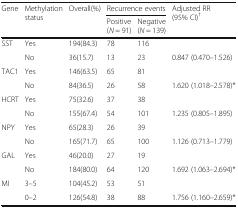
| <ROWSPAN=2> Gene | <ROWSPAN=2> Methylation status | <ROWSPAN=2> Overall(%) | <COLSPAN=2> Recurrence events | <ROWSPAN=2> Adjusted RR (95% CI)† |
 | Positive (N = 91) | Negative (N = 139) |
 | --- | --- | --- | --- | --- | --- |
 | <ROWSPAN=2> SST | Yes | 194(84.3) | 78 | 116 |  |
 | No | 36(15.7) | 13 | 23 | 0.847 (0.470–1.526) |
 | <ROWSPAN=2> TAC1 | Yes | 146(63.5) | 65 | 81 |  |
 | No | 84(36.5) | 26 | 58 | 1.620 (1.018–2.578)* |
 | <ROWSPAN=2> HCRT | Yes | 75(32.6) | 37 | 38 |  |
 | No | 155(67.4) | 54 | 101 | 1.235 (0.805–1.895) |
 | <ROWSPAN=2> NPY | Yes | 65(28.3) | 26 | 39 |  |
 | No | 165(71.7) | 65 | 100 | 1.126 (0.713–1.779) |
 | <ROWSPAN=2> GAL | Yes | 46(20.0) | 27 | 19 |  |
 | No | 184(80.0) | 64 | 120 | 1.692 (1.063–2.694)* |
 | <ROWSPAN=2> MI | 3–5 | 104(45.2) | 53 | 51 |  |
 | 0–2 | 126(54.8) | 38 | 88 | 1.756 (1.160–2.659)* |